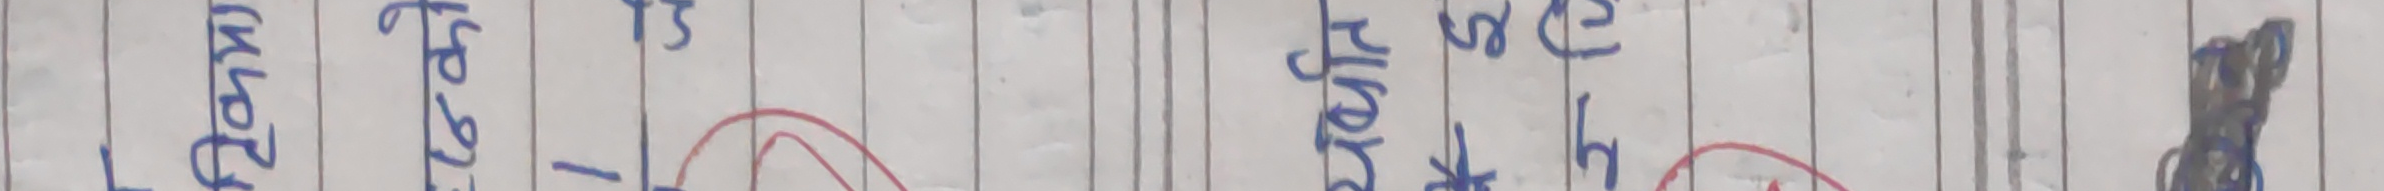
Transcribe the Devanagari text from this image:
नपुंसकलिङ्ग)